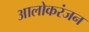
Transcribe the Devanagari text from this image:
आलोकरंजन